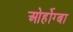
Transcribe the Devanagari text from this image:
ओर्होग्बा